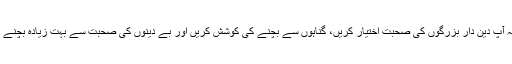
خلاصہ یہ ہے کہ آپ دین دار بزرگوں کی صحبت اختیار کریں، گناہوں سے بچنے کی کوشش کریں اور بے دینوں کی صحبت سے بہت زیادہ بچنے کا اہتمام فرمائیں۔